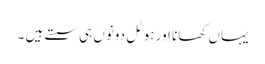
یہاں کھانا اور ہوٹل دونوں ہی سستے ہیں ۔